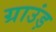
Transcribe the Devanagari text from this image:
ग्राउंड़